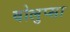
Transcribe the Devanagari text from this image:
वोलुप्सा